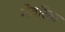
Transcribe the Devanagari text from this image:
मेवरिक